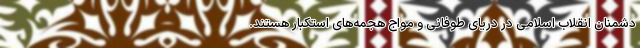
دشمنان انقلاب اسلامی در دریای طوفانی و مواج هجمه‌های استکبار هستند.